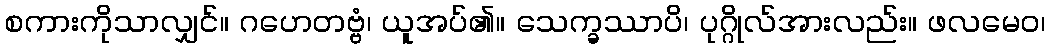
စကားကိုသာလျှင်။ ဂဟေတဗ္ဗံ၊ ယူအပ်၏။ သေက္ခဿာပိ၊ ပုဂ္ဂိုလ်အားလည်း။ ဖလမေဝ၊